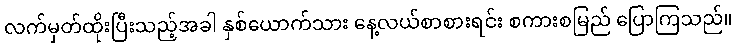
လက်မှတ်ထိုးပြီးသည့်အခါ နှစ်ယောက်သား နေ့လယ်စာစားရင်း စကားစမြည် ပြောကြသည်။